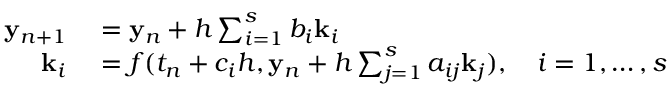
\begin{array} { r l } { \mathbf { y } _ { n + 1 } } & { { } = \mathbf { y } _ { n } + h \sum _ { i = 1 } ^ { s } b _ { i } \mathbf { k } _ { i } } \\ { \mathbf { k } _ { i } } & { { } = f ( t _ { n } + c _ { i } h , \mathbf { y } _ { n } + h \sum _ { j = 1 } ^ { s } a _ { i j } \mathbf { k } _ { j } ) , \quad i = 1 , \ldots , s } \end{array}